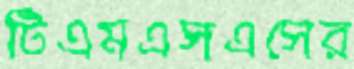
টিএমএসএসের